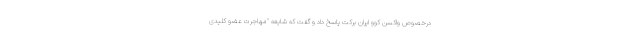
درخصوص واکسن کوو ایران برکت پاسخ داد و گفت که شایعه "مهاجرت عضو کلیدی